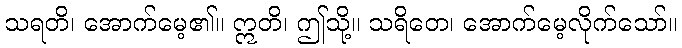
သရတိ၊ အောက်မေ့၏။ ဣတိ၊ ဤသို့။ သရိတေ၊ အောက်မေ့လိုက်သော်။